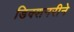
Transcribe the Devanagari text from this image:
डिक्शनरीने